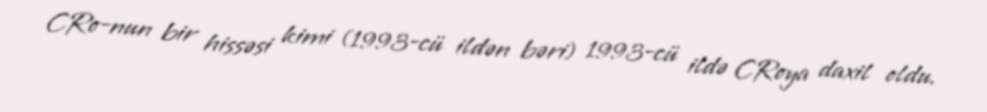
CRo-nun bir hissəsi kimi (1993-cü ildən bəri) 1993-cü ildə CRoya daxil oldu.